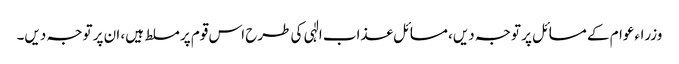
وزراءعوام کے مسائل پر توجہ دیں، مسائل عذاب الٰہی کی طرح اس قوم پر مسلط ہیں، ان پر توجہ دیں۔